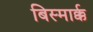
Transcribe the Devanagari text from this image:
बिस्मार्क्क